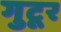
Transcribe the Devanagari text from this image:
गुटूर